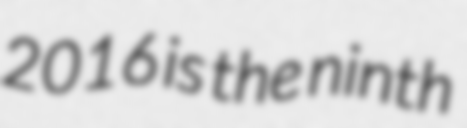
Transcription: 2016 is the ninth